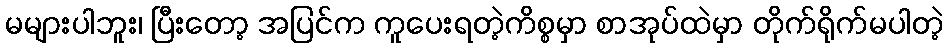
မများပါဘူး၊ ပြီးတော့ အပြင်က ကူပေးရတဲ့ကိစ္စမှာ စာအုပ်ထဲမှာ တိုက်ရိုက်မပါတဲ့